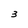
Character: 3